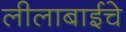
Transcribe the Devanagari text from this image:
लीलाबाईचे